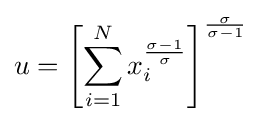
u=\left[\sum _{i=1}^{N}x_{i}^{\frac {\sigma -1}{\sigma }}\right]^{\frac {\sigma }{\sigma -1}}